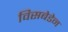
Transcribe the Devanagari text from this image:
विसबेडेन